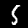
Label: 5